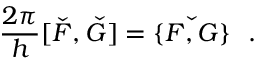
\frac { 2 \pi } { h } [ \check { F } , \check { G } ] = \check { \{ F , G \} } ~ ~ .